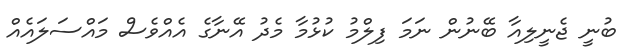
ބުނީ ޖެނީލިއާ ބޭނުން ނަމަ ފިލްމު ކުޅުމާ މެދު އޭނާގެ އެއްވެސް މައްސަލައެއް